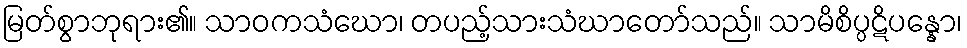
မြတ်စွာဘုရား၏။ သာဝကသံဃော၊ တပည့်သားသံဃာတော်သည်။ သာမိစိပ္ပဋိပန္နော၊